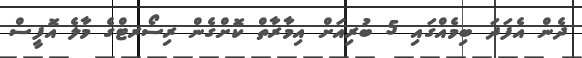
ދެން އެފަދަ ބިމެއްގައި 5 ބުރިއަށް އިމާރާތް ކޮށްގެން ރިސޯރޓްގެ މާލެ އޮފީސް